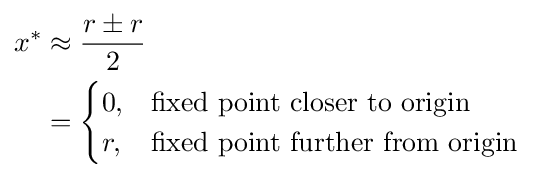
{\begin{aligned}x^{*}&\approx {r\pm r \over 2}\\&={\begin{cases}0,&{\text{fixed point closer to origin}}\\r,&{\text{fixed point further from origin}}\end{cases}}\end{aligned}}